Leaving Certificate Examination, 1924
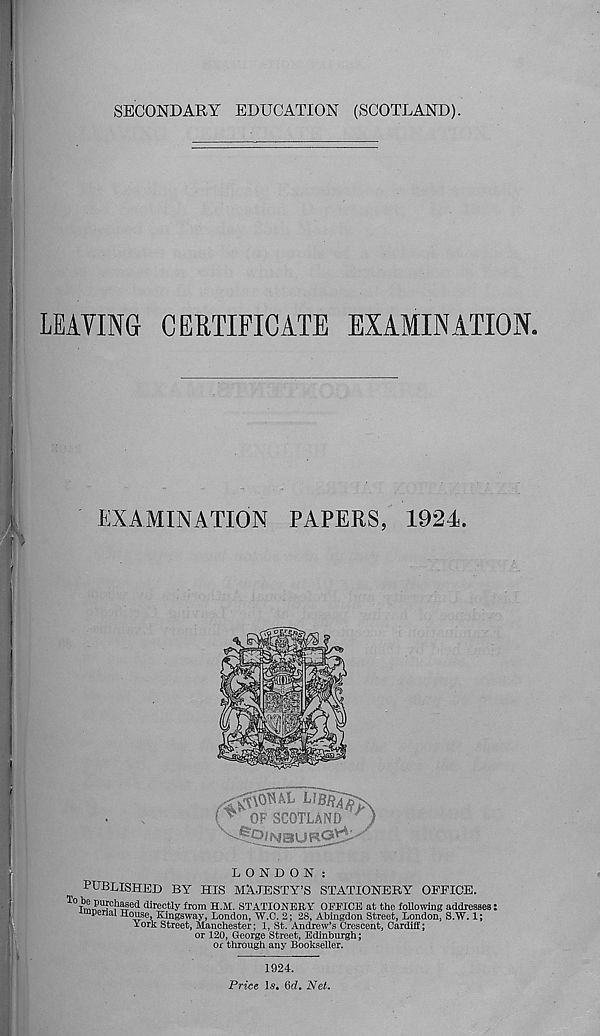
SECONDARY EDUCATION (SCOTLAND).
LEAVING CERTIFICATE EXAMINATION.
EXAMINATION PAPERS, 1924.
LONDON:
PUBLISHED BY HIS MAJESTY’S STATIONERY OEFICE.
directly from H.M. STATIONERY OETTCE at the following addresses:
imperial House, Kingsway, London, W.C. 2; 28, Abingdon Street, London, S.W. 1;
xork Street, Manchester; 1, St. Andrew’s Crescent, Cardiff;
or 120, George Street, Edinburgh;
or through any Bookseller.
1924.
Price Is, 6rf. Net.